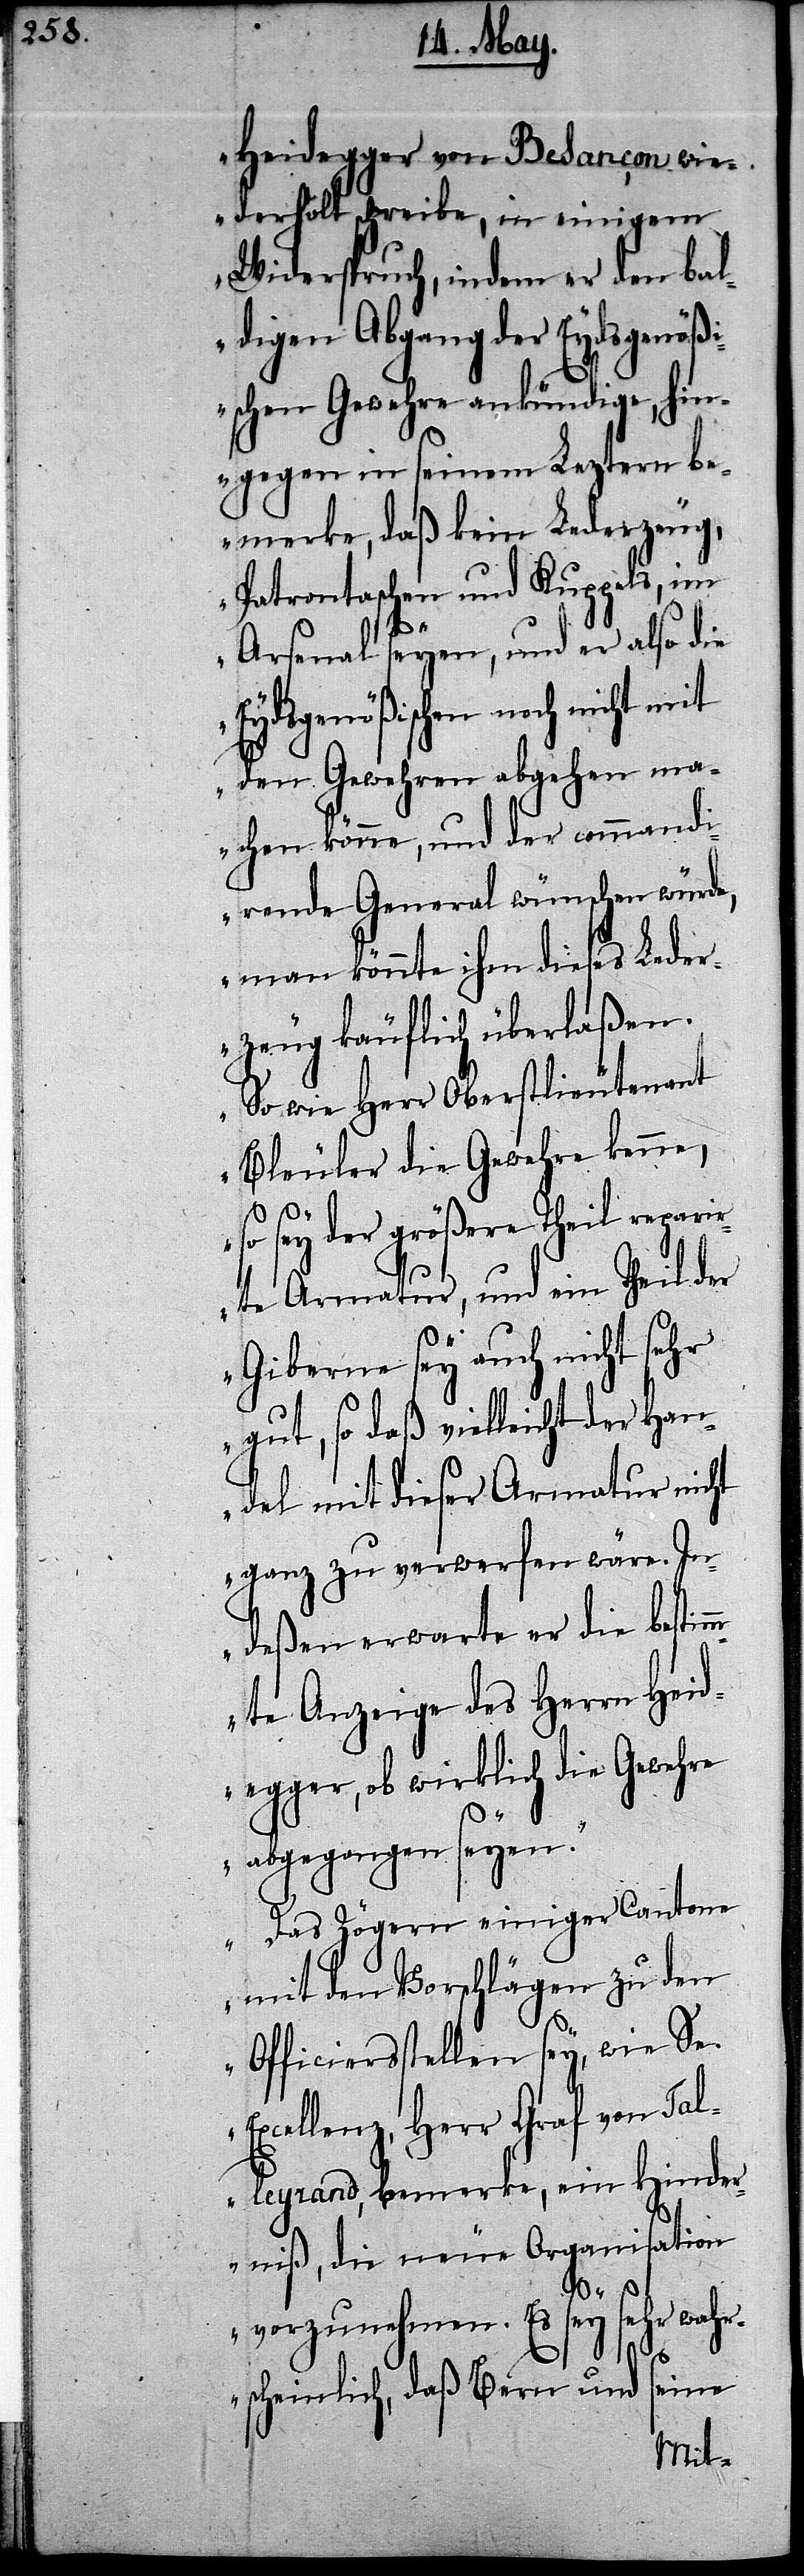
Heidegger von Besancon wie¬
derholt schreibe, in einigem
Widerspruch, indem er den bal¬
digen Abgang der Eydsgenöß¬
ischen Gewehre ankündige, hin¬
gegen in seinem Leztern be¬
merke, daß kein Lederzeug,
Patrontaschen und Kuppels, im
Arsenal seyen, und er also die
Eydsgenößischen noch nicht
den Gewehren abgehen ma¬
chen könne, und der commandi¬
rende General wünschen würde,
man könnte ihm dieses Leder¬
zeug käuflich überlaßen.
So wie Herr Oberstlieutenant
Bleuler die Gewehre kenne,
so sey der größere Theil repari¬
rte Armatur, und ein Theil der
Giberne sey auch nicht sehr
gut, so daß vielleicht der Han¬
del mit dieser Armatur nicht
ganz zu verwerfen wäre. In¬
deßen erwarte er die bestim¬
mte Anzeige des Herrn Heid¬
egger, ob wirklich die Gewehre
abgegangen seyen.
Das Zögern einiger Cantone
mit den Vorschlägen zu den
Officiersstellen sey, wie Se.
llenz, Herr Graf von Ta¬
lleyrand, bemerke, ein Hinder¬
niß, die neue Organisation
vorzunehmen. Es sey sehr wahr¬
seine
scheinlich, daß Bern und